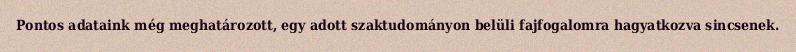
Pontos adataink még meghatározott, egy adott szaktudományon belüli fajfogalomra hagyatkozva sincsenek.